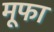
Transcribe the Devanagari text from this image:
मूफा